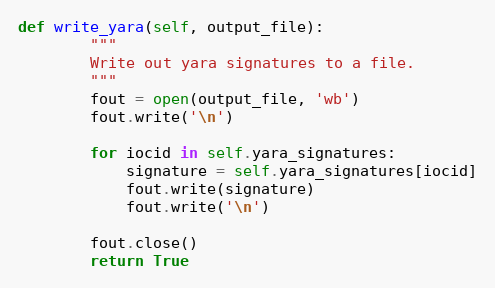
Language: Python
def write_yara(self, output_file):
        """
        Write out yara signatures to a file.
        """
        fout = open(output_file, 'wb')
        fout.write('\n')

        for iocid in self.yara_signatures:
            signature = self.yara_signatures[iocid]
            fout.write(signature)
            fout.write('\n')

        fout.close()
        return True